Indian journal of veterinary science and animal husbandry - Volumes 22-23, 1952-1953
Year: 1952
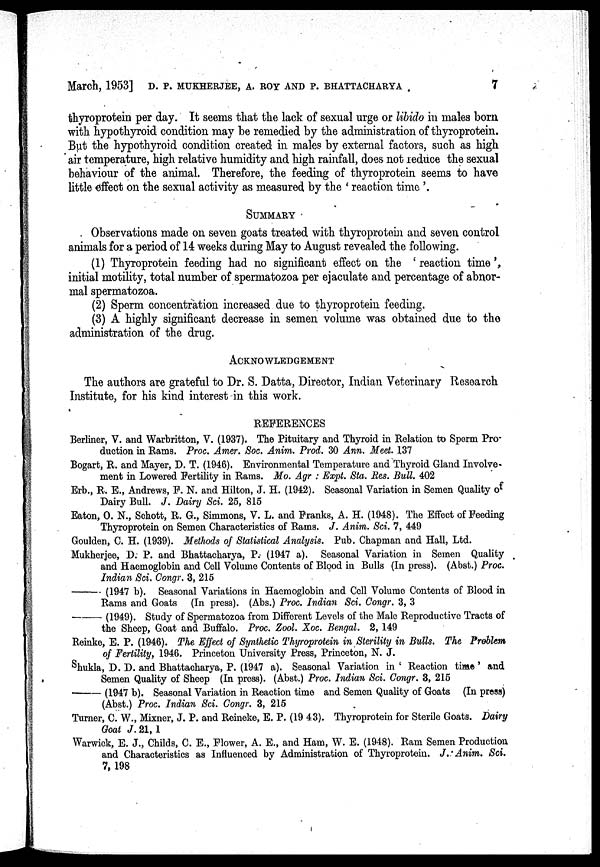
March, 1953] D. P. MUKHERJEE, A. ROY AND P. BHATTACHARYA 7
thyroprotein per day. It seems that the lack of sexual urge or libido in males born
with hypothyroid condition may be remedied by the administration of thyroprotein.
But the hypothyroid condition created in males by external factors, such as high
air temperature, high relative humidity and high rainfall, does not reduce the sexual
behaviour of the animal. Therefore, the feeding of thyroprotein seems to have
little effect on the sexual activity as measured by the ' reaction time '.
SUMMARY
Observations made on seven goats treated with thyroprotein and seven control
animals for a period of 14 weeks during May to August revealed the following.
(1) Thyroprotein feeding had no significant effect on the ' reaction time ',
initial motility, total number of spermatozoa per ejaculate and percentage of abnor-
mal spermatozoa.
(2) Sperm concentration increased due to thyroprotein feeding.
(3) A highly significant decrease in semen volume was obtained due to the
administration of the drug.
ACKNOWLEDGEMENT
The authors are grateful to Dr. S. Datta, Director, Indian Veterinary Research
Institute, for his kind interest in this work.
REFERENCES
Berliner, V. and Warbritton , V. (1937). The Pituitary and Thyroid in Relation to Sperm Pro-
duction in Rams. Proc. Amer. Soc. Anim. Prod. 30 Ann. Meet. 137
Bogart, R. and Mayer, D. T. (1946). Environmental Temperature and Thyroid Gland Involve-
ment in Lowered Fertility in Rams. Mo. Agr : Expt. Sta. Res. Bull. 402
Erb., R. E., Andrews, F. N. and Hilton, J. H. (1942). Seasonal Variation in Semen Quality of
Dairy Bull. J. Dairy Sci. 25, 815
Eaton, O. N., Schott, R. G., Simmons, V. L. and Franks, A. H. (1948). The Effect of Feeding
Thyroprotein on Semen Characteristics of Rams. J. Anim. Sci. 7, 449
Goulden, C. H. (1939). Methods of Statistical Analysis. Pub. Chapman and Hall, Ltd.
Mukherjee, D. P. and Bhattacharya, P. (1947 a). Seasonal Variation in Semen Quality
and Haemoglobin and Coll Volume Contents of Blood in Bulls (In press). (Abst.) Proc.
Indian Sci. Congr. 3, 215
—— (1947 b). Seasonal Variations in Haemoglobin and Cell Volume Contents of Blood in
Rams and Goats (In press). (Abs.) Proc. Indian Sci. Congr. 3, 3
—— (1949). Study of Spermatozoa from Different Levels of the Male Reproductive Tracts of
the Sheep, Goat and Buffalo. Proc. Zool. Xoc. Bengal. 2, 149
Reinke, E. P. (1946). The Effect of Synthetic Thyroprotein in Sterility in Bulls. The Problem
of Fertility, 1946. Princeton University Press, Princeton, N. J.
Shukla, D. D. and Bhattacharya, P. (1947 a). Seasonal Variation in ' Reaction time ' and
Semen Quality of Sheep (In press). (Abst.) Proc. Indian Sci. Congr. 3, 215
—— (1947 b). Seasonal Variation in Reaction time and Semen Quality of Goats (In press)
(Abst.) Proc. Indian Sci. Congr. 3, 215
Turner, C. W., Mixner, J. P. and Reineke, E. P. (19 43). Thyroprotein for Sterile Goats. Dairy
Goat J. 21, 1
Warwick, E. J., Childs, C. E., Flower, A. E., and Ham, W. E. (1948). Ram Semen Production
and Characteristics as Influenced by Administration of Thyroprotein. J. Anim. Sci.
7, 198